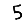
Digit: 5